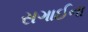
સગાઈના